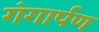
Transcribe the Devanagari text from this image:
गंगार्पण